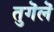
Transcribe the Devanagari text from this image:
तुगॆलॆ